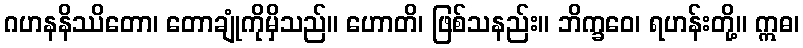
ဂဟနနိဿိတော၊ တောချုံကိုမှိသည်။ ဟောတိ၊ ဖြစ်သနည်း။ ဘိက္ခဝေ၊ ရဟန်းတို့။ ဣဓ၊